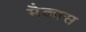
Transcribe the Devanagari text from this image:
मैकास